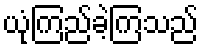
ယုံကြည်ခဲ့ကြသည်